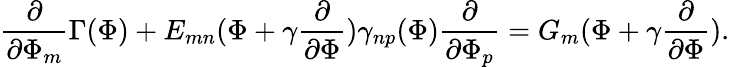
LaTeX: \frac{\partial}{\partial\Phi_{m}}\Gamma(\Phi)+E_{mn}(\Phi+\gamma\frac{\partial}{\partial\Phi})\gamma_{np}(\Phi)\frac{\partial}{\partial\Phi_{p}}=G_{m}(\Phi+\gamma\frac{\partial}{\partial\Phi}).